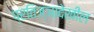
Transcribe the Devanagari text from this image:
प्रतिज्ञादेखील